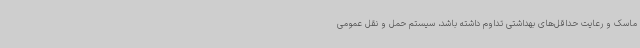
ماسک و رعایت حداقل‌های بهداشتی تداوم داشته باشد، سیستم حمل و نقل عمومی